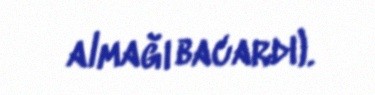
almağı bacardı).